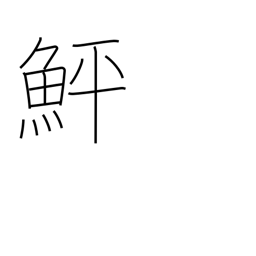
Meaning: flounder